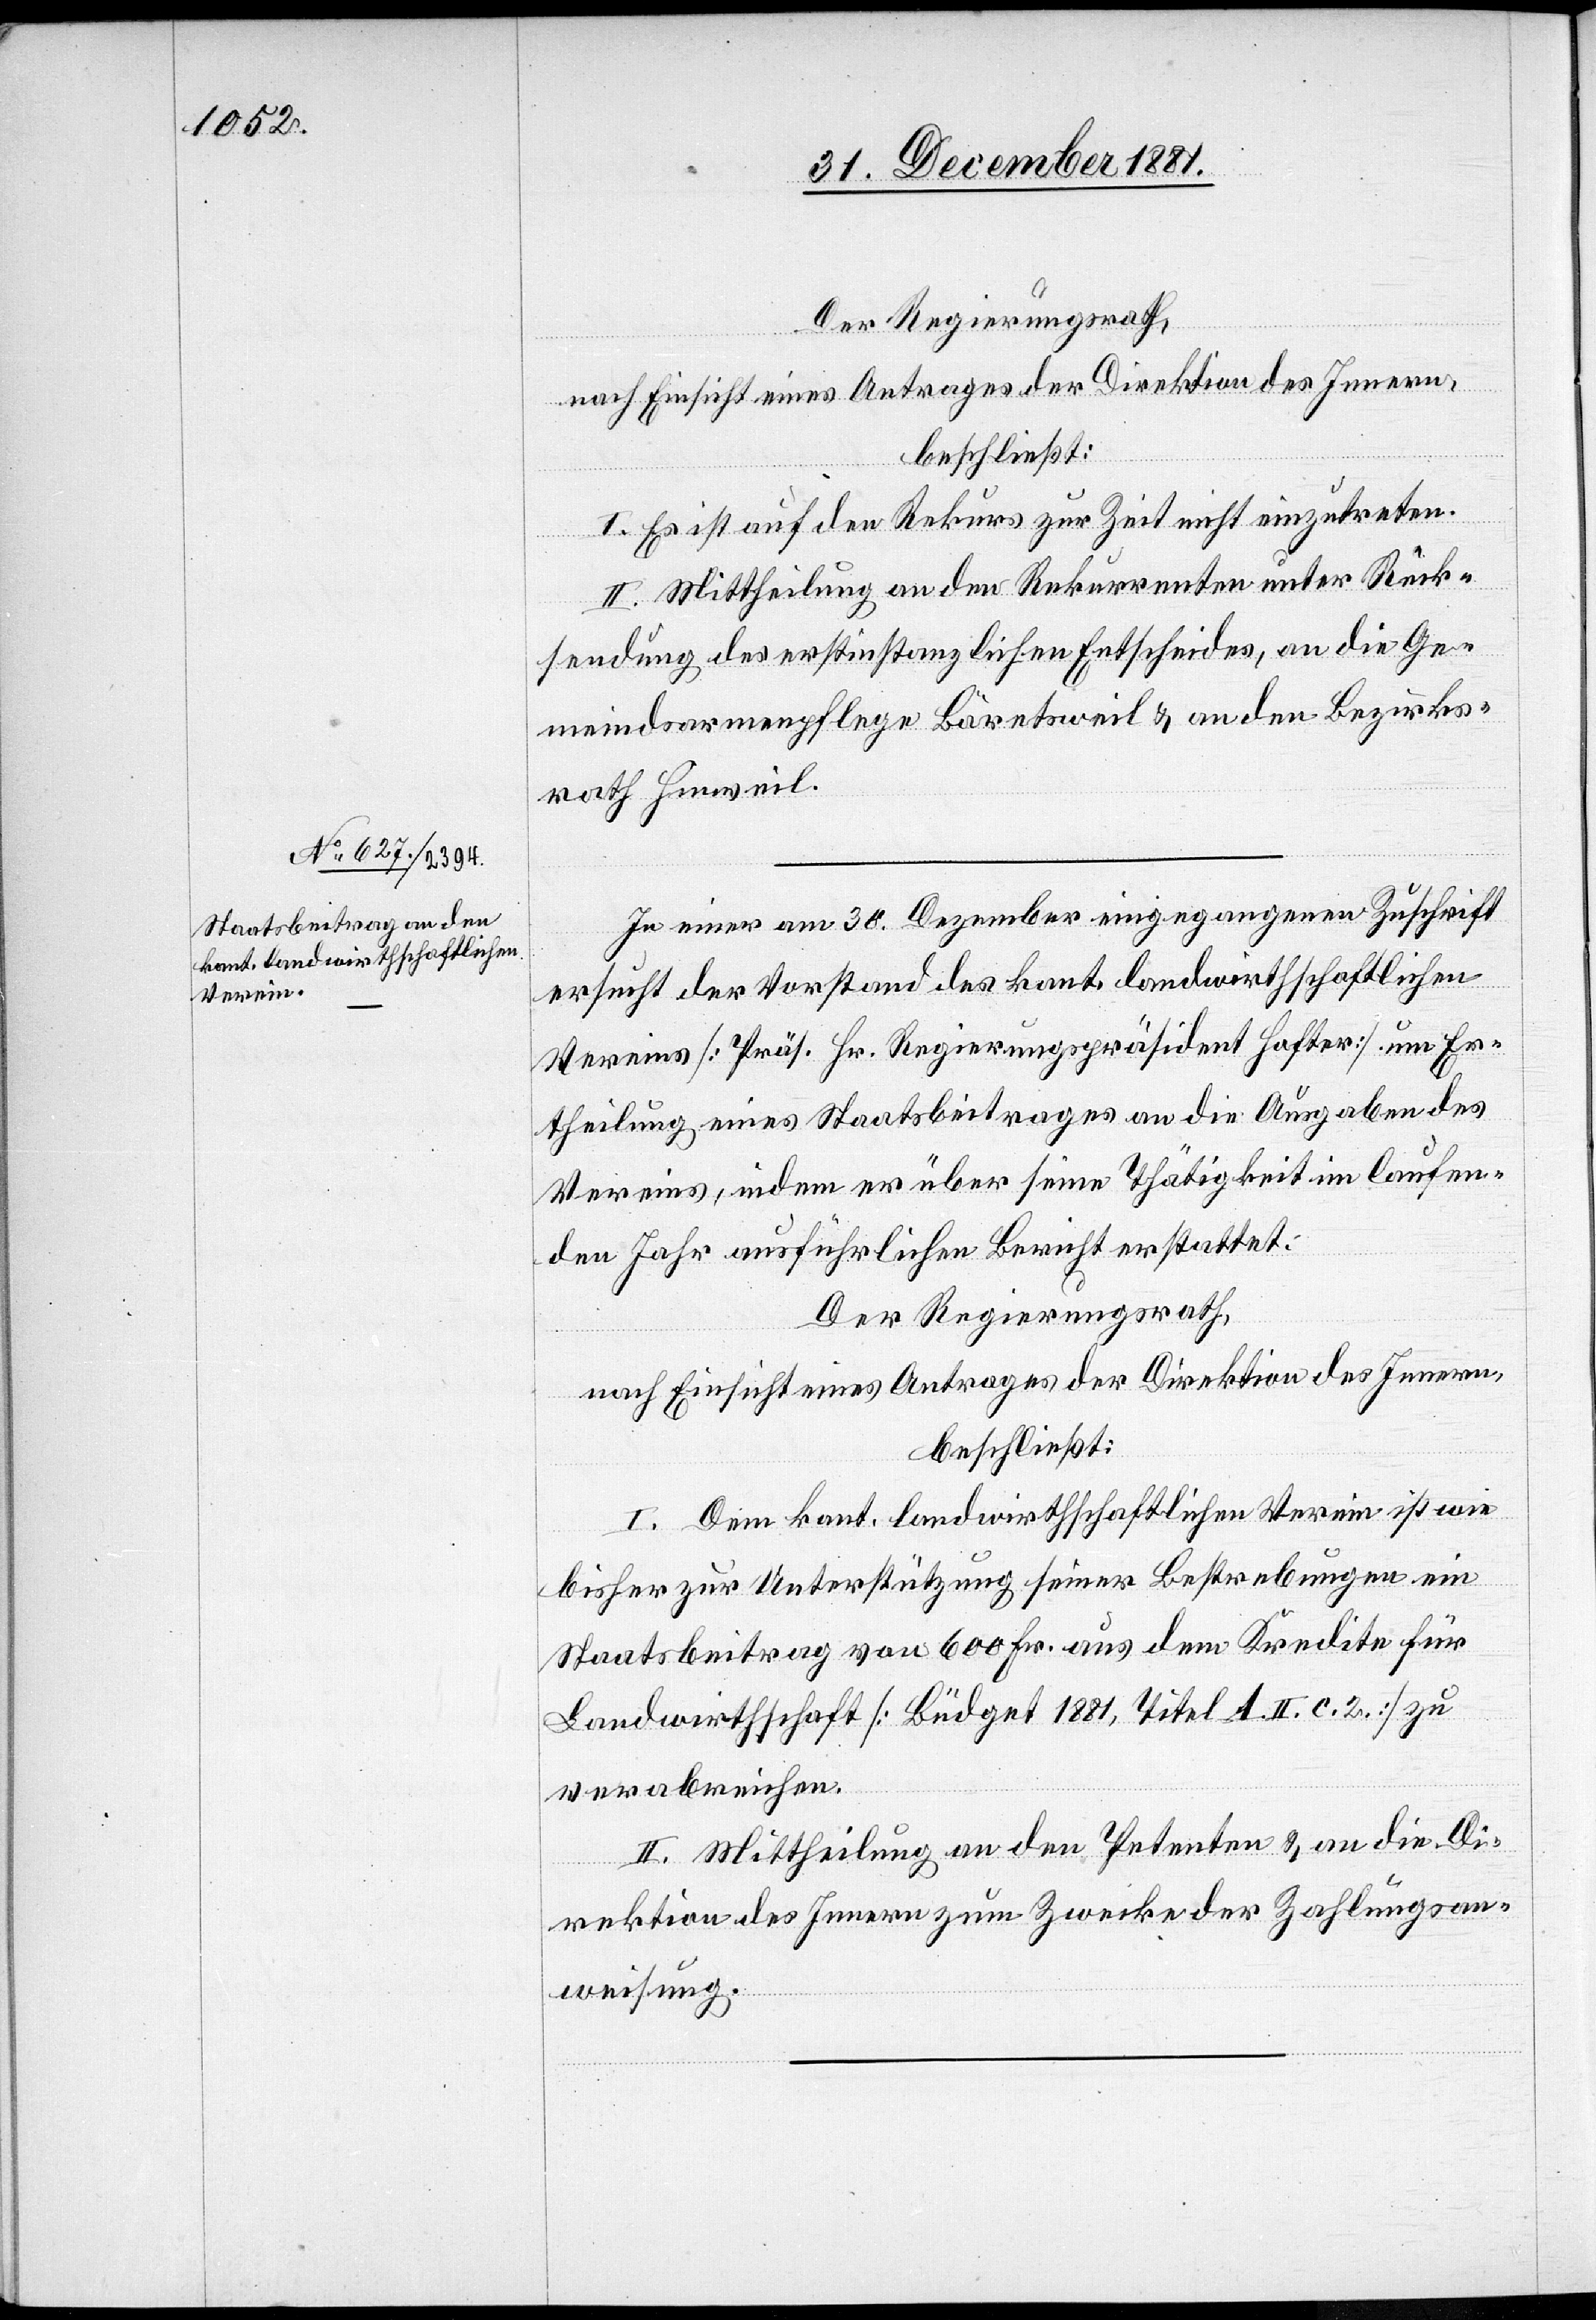
Der Regierungsrath,
nach Einsicht eines Antrages der Direktion des Innern,
beschließt:
I. Es ist auf den Rekurs zur Zeit nicht einzutreten.
II. Mittheilung an den Rekurrenten unter Rück¬
sendung des erstinstanzlichen Entscheides, an die Ge¬
meindsarmenpflege Bäretsweil & an den Bezirks¬
rath Hinweil.
In einer am 30. Dezember eingegangenen Zuschrift
ersucht der Vorstand des kant. landwirthschaftlichen
Vereins [Präs. Hr. Regierungspräsident Hafter] um Er¬
theilung eines Staatsbeitrages an die Ausgaben des
Vereins, indem er über seine Thätigkeit im laufen¬
den Jahr ausführlichen Bericht erstattet.
Der Regierungsrath,
nach Einsicht eines Antrages der Direktion des Innern,
beschließt:
I. Dem kant. landwirthschaftlichen Verein ist wie
bisher zur Unterstützung seiner Bestrebungen ein
Staatsbeitrag von 600 Fr. aus dem Kredite für
Landwirthschaft [Büdget 1881, Titel A. II. c. 2] zu
verabreichen.
II. Mittheilung an den Petenten & an die Di¬
rektion des Innern zum Zwecke der Zahlungsan¬
weisung.